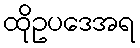
ထိုဥပဒေအရ